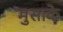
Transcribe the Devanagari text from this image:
मुसाके